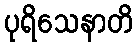
ပုရိသေနာတိ